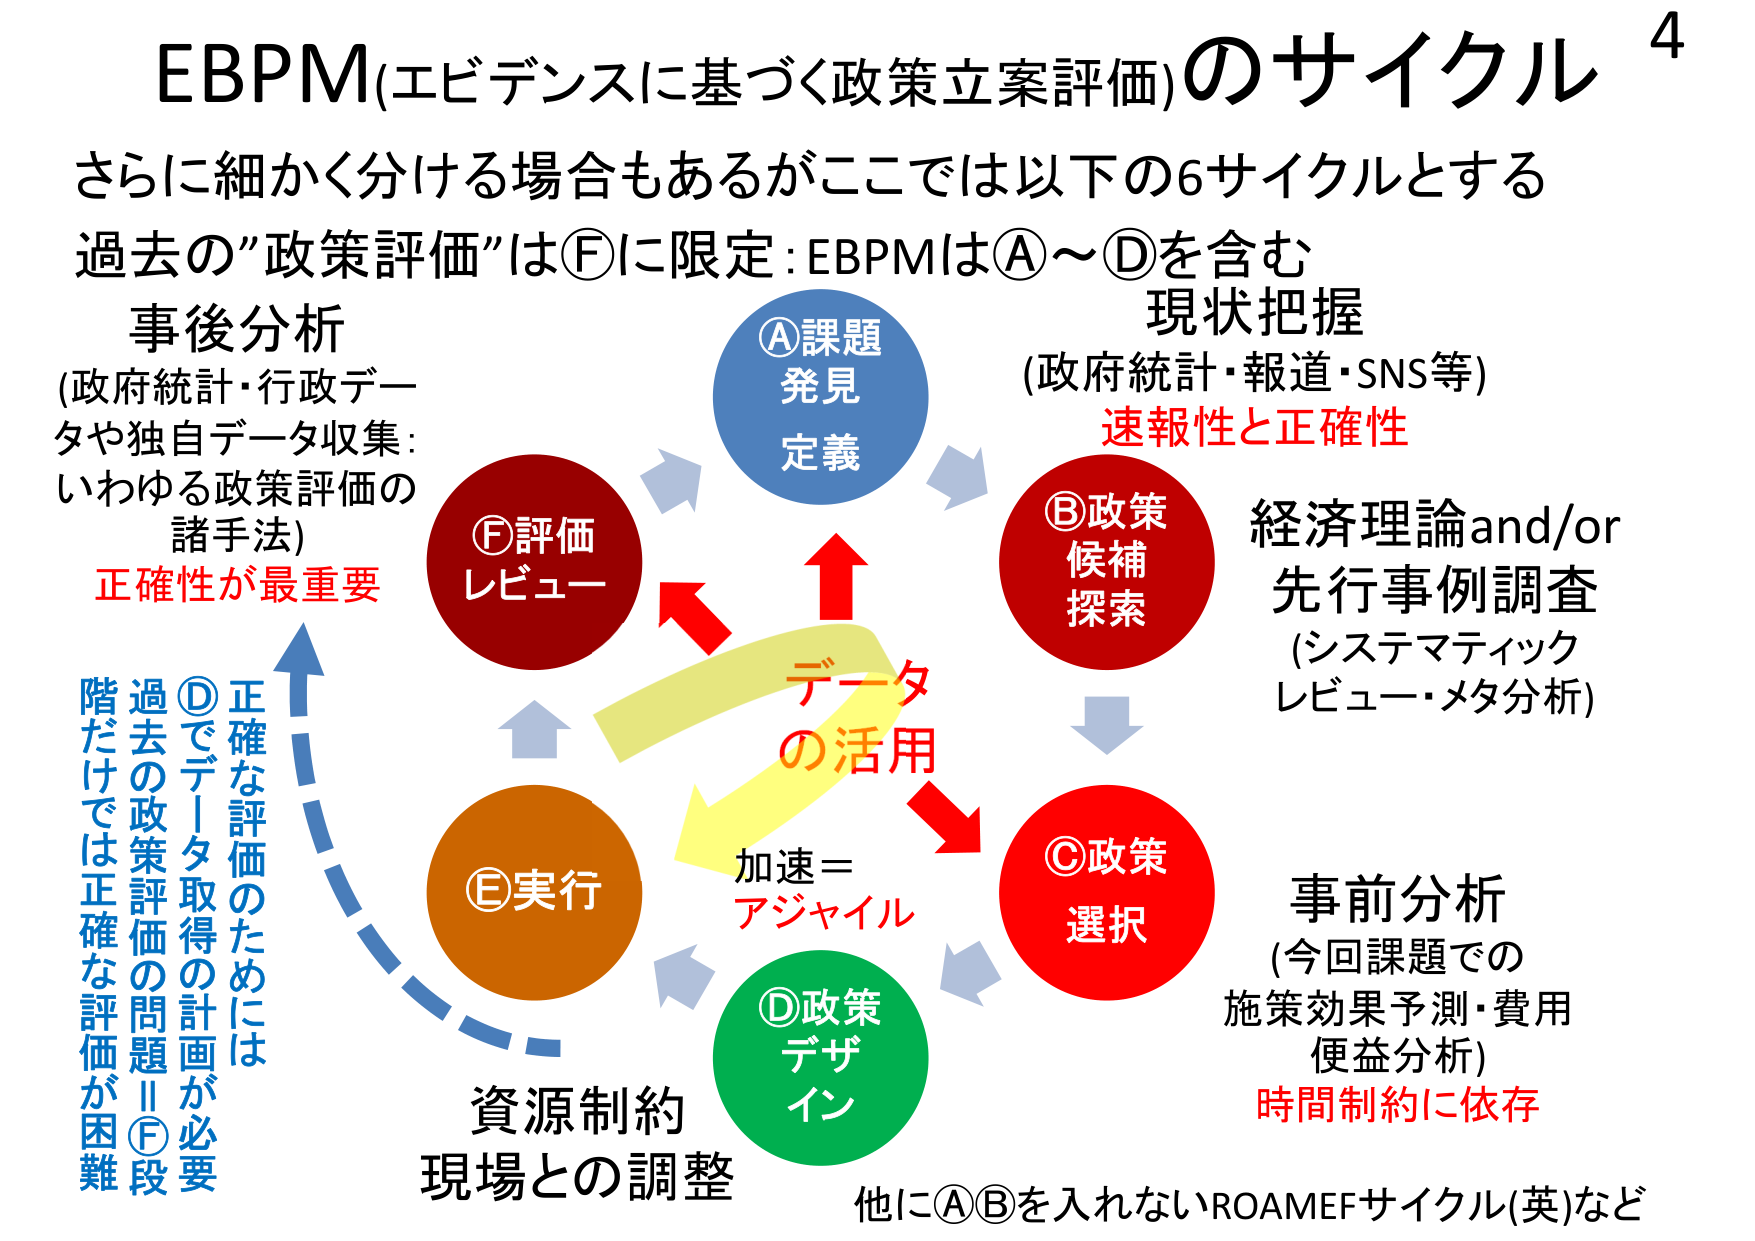
EBPM(エビデンスに基づく政策立案評価)のサイクル

さらに細かく分ける場合もあるがここでは以下の6サイクルとする
過去の”政策評価”は①に限定:EBPMは①～④を含む

①課題
発見
定義

②政策
候補
探索

③政策
選択

④政策
デザイン

⑤実行

⑥評価
レビュー

現状把握
(政府統計・報道・SNS等)
速報性と正確性

経済理論and/or
先行事例調査
(システマティック
レビュー・メタ分析)

事前分析
(今回課題での
施策効果予測・費用
便益分析)
時間制約に依存

データ
の活用

加速＝
アジャイル

資源制約
現場との調整

事後分析
(政府統計・行政データや独自データ収集:
いわゆる政策評価の
諸手法)
正確性が最重要

正確な評価のためには
④でデータ取得の計画が必要
過去の政策評価の問題Ⅱ⑥段
階だけでは正確な評価が困難

他に①②を入れないROAMEFサイクル(英)など

4